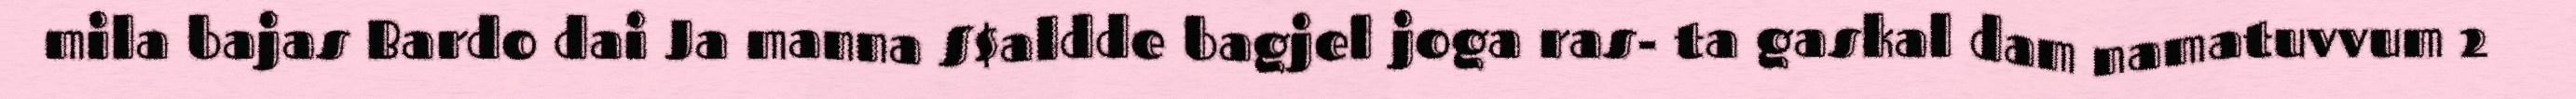
mila bajas Bardo dai Ja manna S$aldde bagjel joga ras- ta gaskal dam namatuvvum 2